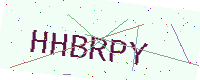
Text: HHBRPY